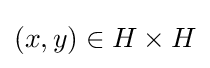
(x,y)\in H\times H